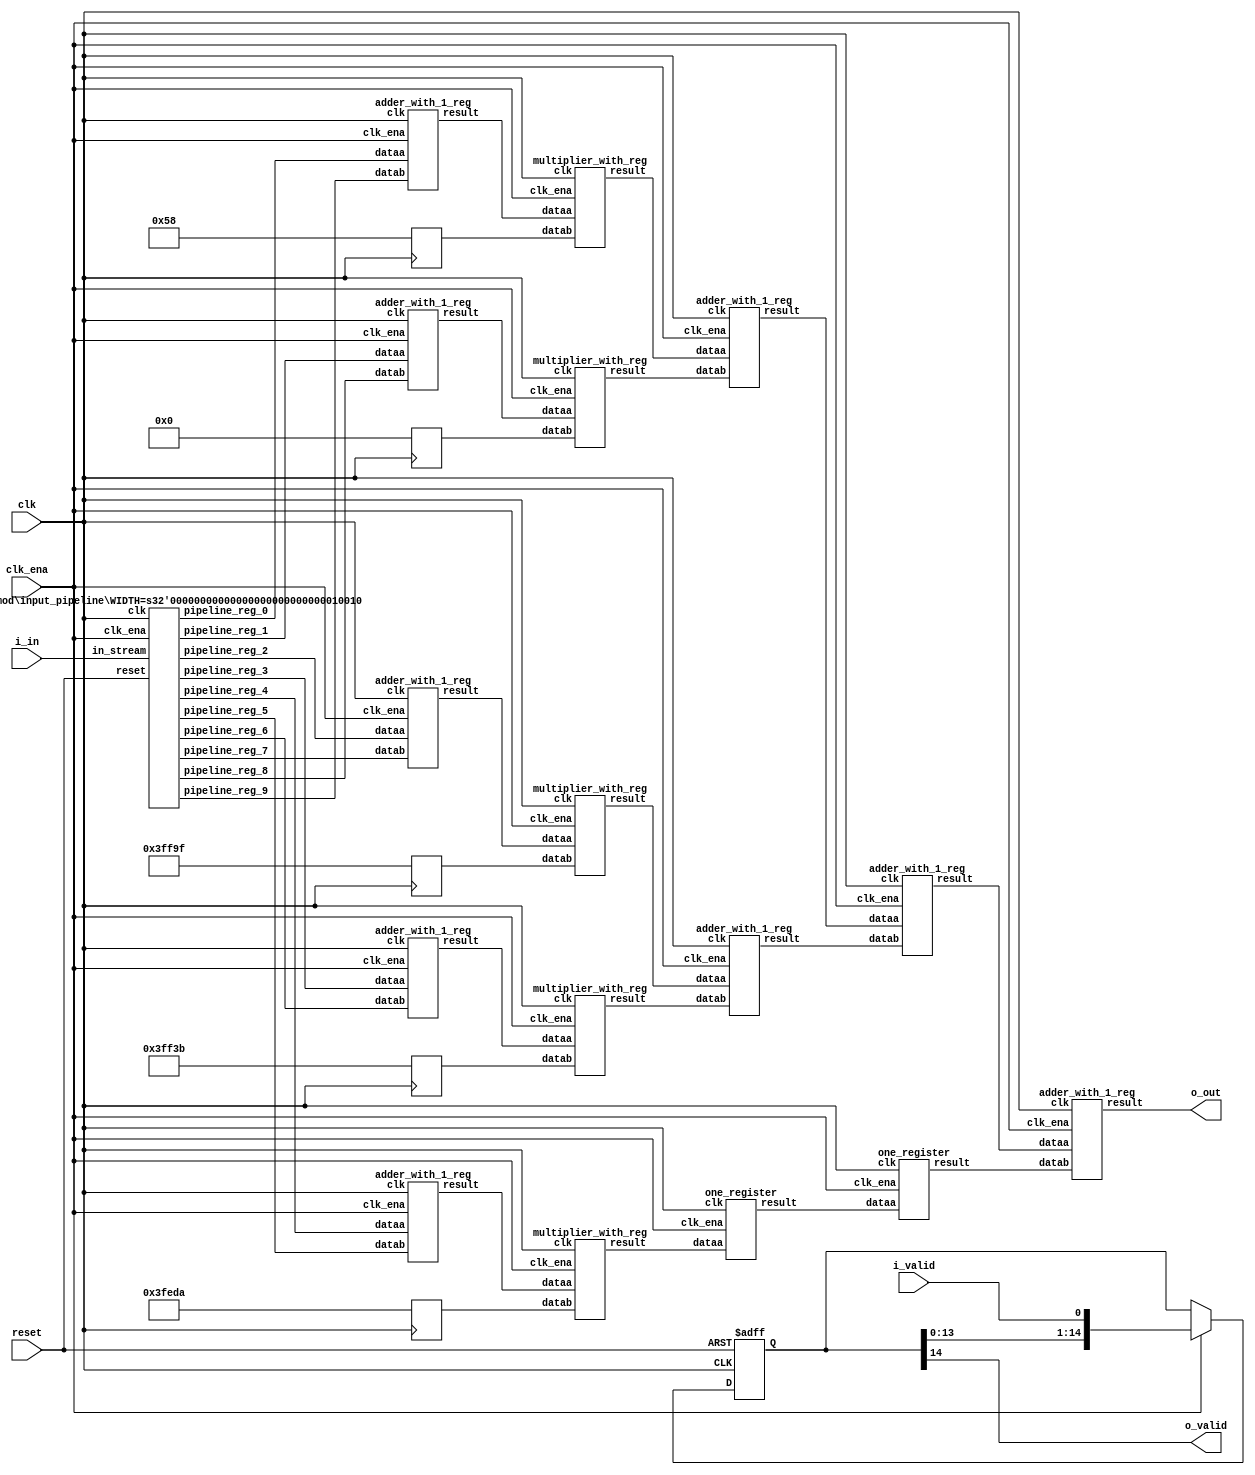
// CONFIG:
// NUM_COEFF = 10
// PIPLINED = 1

// WARNING: more than enough COEFFICIENTS in array (there are 26, and we only need 5)
module fir (
	clk,
	reset,
	clk_ena,
	i_valid,
	i_in,
	o_valid,
	o_out
);
	// Data Width
	parameter dw = 18; //Data input/output bits

	// Number of filter coefficients
	parameter N = 10;
	parameter N_UNIQ = 5; // ciel(N/2) assuming symmetric filter coefficients

	//Number of extra valid cycles needed to align output (i.e. computation pipeline depth + input/output registers
	localparam N_VALID_REGS = 15;

	input clk;
	input reset;
	input clk_ena;
	input i_valid;
	input [dw-1:0] i_in; // signed
	output o_valid;
	output [dw-1:0] o_out; // signed

	// Data Width dervied parameters
	localparam dw_add_int = 18; //Internal adder precision bits
	localparam dw_mult_int = 36; //Internal multiplier precision bits
	localparam scale_factor = 17; //Multiplier normalization shift amount

	// Number of extra registers in INPUT_PIPELINE_REG to prevent contention for CHAIN_END's chain adders
	localparam N_INPUT_REGS = 10;

	// Debug
	// initial begin
	// 	$display ("Data Width: %d", dw);
	// 	$display ("Data Width Add Internal: %d", dw_add_int);
	// 	$display ("Data Width Mult Internal: %d", dw_mult_int);
	// 	$display ("Scale Factor: %d", scale_factor);
	// end

	reg [dw-1:0] COEFFICIENT_0;
	reg [dw-1:0] COEFFICIENT_1;
	reg [dw-1:0] COEFFICIENT_2;
	reg [dw-1:0] COEFFICIENT_3;
	reg [dw-1:0] COEFFICIENT_4;

	always@(posedge clk) begin
		COEFFICIENT_0 <= 18'd88;
		COEFFICIENT_1 <= 18'd0;
		COEFFICIENT_2 <= -18'd97;
		COEFFICIENT_3 <= -18'd197;
		COEFFICIENT_4 <= -18'd294;
	end

	////******************************************************
	// *
	// * Valid Delay Pipeline
	// *
	// *****************************************************
	//Input valid signal is pipelined to become output valid signal

	//Valid registers
	reg [N_VALID_REGS-1:0] VALID_PIPELINE_REGS;

	always@(posedge clk or posedge reset) begin
		if(reset) begin
			VALID_PIPELINE_REGS <= 0;
		end else begin
			if(clk_ena) begin
				VALID_PIPELINE_REGS <= {VALID_PIPELINE_REGS[N_VALID_REGS-2:0], i_valid};
			end else begin
				VALID_PIPELINE_REGS <= VALID_PIPELINE_REGS;
			end
		end
	end

	////******************************************************
	// *
	// * Input Register Pipeline
	// *
	// *****************************************************
	//Pipelined input values

	//Input value registers

	wire [dw-1:0] INPUT_PIPELINE_REG_0;
	wire [dw-1:0] INPUT_PIPELINE_REG_1;
	wire [dw-1:0] INPUT_PIPELINE_REG_2;
	wire [dw-1:0] INPUT_PIPELINE_REG_3;
	wire [dw-1:0] INPUT_PIPELINE_REG_4;
	wire [dw-1:0] INPUT_PIPELINE_REG_5;
	wire [dw-1:0] INPUT_PIPELINE_REG_6;
	wire [dw-1:0] INPUT_PIPELINE_REG_7;
	wire [dw-1:0] INPUT_PIPELINE_REG_8;
	wire [dw-1:0] INPUT_PIPELINE_REG_9;

	input_pipeline in_pipe(
		.clk(clk), .clk_ena(clk_ena),
		.in_stream(i_in),
		.pipeline_reg_0(INPUT_PIPELINE_REG_0),
		.pipeline_reg_1(INPUT_PIPELINE_REG_1),
		.pipeline_reg_2(INPUT_PIPELINE_REG_2),
		.pipeline_reg_3(INPUT_PIPELINE_REG_3),
		.pipeline_reg_4(INPUT_PIPELINE_REG_4),
		.pipeline_reg_5(INPUT_PIPELINE_REG_5),
		.pipeline_reg_6(INPUT_PIPELINE_REG_6),
		.pipeline_reg_7(INPUT_PIPELINE_REG_7),
		.pipeline_reg_8(INPUT_PIPELINE_REG_8),
		.pipeline_reg_9(INPUT_PIPELINE_REG_9),
		.reset(reset)	);
	defparam in_pipe.WIDTH = 18; // = dw
	////******************************************************
	// *
	// * Computation Pipeline
	// *
	// *****************************************************

	// ************************* LEVEL 0 *************************   
	wire [dw-1:0] L0_output_wires_0;
	wire [dw-1:0] L0_output_wires_1;
	wire [dw-1:0] L0_output_wires_2;
	wire [dw-1:0] L0_output_wires_3;
	wire [dw-1:0] L0_output_wires_4;

	adder_with_1_reg L0_adder_0and9(
		.clk(clk), .clk_ena(clk_ena),
		.dataa (INPUT_PIPELINE_REG_0),
		.datab (INPUT_PIPELINE_REG_9),
		.result(L0_output_wires_0)
	);

	adder_with_1_reg L0_adder_1and8(
		.clk(clk), .clk_ena(clk_ena),
		.dataa (INPUT_PIPELINE_REG_1),
		.datab (INPUT_PIPELINE_REG_8),
		.result(L0_output_wires_1)
	);

	adder_with_1_reg L0_adder_2and7(
		.clk(clk), .clk_ena(clk_ena),
		.dataa (INPUT_PIPELINE_REG_2),
		.datab (INPUT_PIPELINE_REG_7),
		.result(L0_output_wires_2)
	);

	adder_with_1_reg L0_adder_3and6(
		.clk(clk), .clk_ena(clk_ena),
		.dataa (INPUT_PIPELINE_REG_3),
		.datab (INPUT_PIPELINE_REG_6),
		.result(L0_output_wires_3)
	);

	adder_with_1_reg L0_adder_4and5(
		.clk(clk), .clk_ena(clk_ena),
		.dataa (INPUT_PIPELINE_REG_4),
		.datab (INPUT_PIPELINE_REG_5),
		.result(L0_output_wires_4)
	);

	// (5 main tree Adders)

	// ************************* LEVEL 1 *************************   
	// **************** Multipliers ****************   
	wire [dw-1:0] L1_mult_wires_0;
	wire [dw-1:0] L1_mult_wires_1;
	wire [dw-1:0] L1_mult_wires_2;
	wire [dw-1:0] L1_mult_wires_3;
	wire [dw-1:0] L1_mult_wires_4;

	multiplier_with_reg L1_mul_0(
		.clk(clk), .clk_ena(clk_ena),
		.dataa (L0_output_wires_0),
		.datab (COEFFICIENT_0),
		.result(L1_mult_wires_0)
	);

	multiplier_with_reg L1_mul_1(
		.clk(clk), .clk_ena(clk_ena),
		.dataa (L0_output_wires_1),
		.datab (COEFFICIENT_1),
		.result(L1_mult_wires_1)
	);

	multiplier_with_reg L1_mul_2(
		.clk(clk), .clk_ena(clk_ena),
		.dataa (L0_output_wires_2),
		.datab (COEFFICIENT_2),
		.result(L1_mult_wires_2)
	);

	multiplier_with_reg L1_mul_3(
		.clk(clk), .clk_ena(clk_ena),
		.dataa (L0_output_wires_3),
		.datab (COEFFICIENT_3),
		.result(L1_mult_wires_3)
	);

	multiplier_with_reg L1_mul_4(
		.clk(clk), .clk_ena(clk_ena),
		.dataa (L0_output_wires_4),
		.datab (COEFFICIENT_4),
		.result(L1_mult_wires_4)
	);

	// (5 Multipliers)

	// **************** Adders ****************   
	wire [dw-1:0] L1_output_wires_0;
	wire [dw-1:0] L1_output_wires_1;
	wire [dw-1:0] L1_output_wires_2;

	adder_with_1_reg L1_adder_0and1(
		.clk(clk), .clk_ena(clk_ena),
		.dataa (L1_mult_wires_0),
		.datab (L1_mult_wires_1),
		.result(L1_output_wires_0)
	);

	adder_with_1_reg L1_adder_2and3(
		.clk(clk), .clk_ena(clk_ena),
		.dataa (L1_mult_wires_2),
		.datab (L1_mult_wires_3),
		.result(L1_output_wires_1)
	);

	// (2 main tree Adders)

	// ********* Byes ********   
	one_register L1_byereg_for_4(
		.clk(clk), .clk_ena(clk_ena),
		.dataa (L1_mult_wires_4),
		.result(L1_output_wires_2)
	);

	// (1 byes)

	// ************************* LEVEL 2 *************************   
	wire [dw-1:0] L2_output_wires_0;
	wire [dw-1:0] L2_output_wires_1;

	adder_with_1_reg L2_adder_0and1(
		.clk(clk), .clk_ena(clk_ena),
		.dataa (L1_output_wires_0),
		.datab (L1_output_wires_1),
		.result(L2_output_wires_0)
	);

	// (1 main tree Adders)

	// ********* Byes ********   
	one_register L2_byereg_for_2(
		.clk(clk), .clk_ena(clk_ena),
		.dataa (L1_output_wires_2),
		.result(L2_output_wires_1)
	);

	// (1 byes)

	// ************************* LEVEL 3 *************************   
	wire [dw-1:0] L3_output_wires_0;

	adder_with_1_reg L3_adder_0and1(
		.clk(clk), .clk_ena(clk_ena),
		.dataa (L2_output_wires_0),
		.datab (L2_output_wires_1),
		.result(L3_output_wires_0)
	);

	// (1 main tree Adders)

	////******************************************************
	// *
	// * Output Logic
	// *
	// *****************************************************
	//Actual outputs
	assign o_out = L3_output_wires_0;

	assign o_valid = VALID_PIPELINE_REGS[N_VALID_REGS-1];

endmodule


module input_pipeline (
	clk,
	clk_ena,
	in_stream,
	pipeline_reg_0,
	pipeline_reg_1,
	pipeline_reg_2,
	pipeline_reg_3,
	pipeline_reg_4,
	pipeline_reg_5,
	pipeline_reg_6,
	pipeline_reg_7,
	pipeline_reg_8,
	pipeline_reg_9,
	reset);
	parameter WIDTH = 1;
	//Input value registers
	input clk;
	input clk_ena;
	input [WIDTH-1:0] in_stream;
	output [WIDTH-1:0] pipeline_reg_0;
	output [WIDTH-1:0] pipeline_reg_1;
	output [WIDTH-1:0] pipeline_reg_2;
	output [WIDTH-1:0] pipeline_reg_3;
	output [WIDTH-1:0] pipeline_reg_4;
	output [WIDTH-1:0] pipeline_reg_5;
	output [WIDTH-1:0] pipeline_reg_6;
	output [WIDTH-1:0] pipeline_reg_7;
	output [WIDTH-1:0] pipeline_reg_8;
	output [WIDTH-1:0] pipeline_reg_9;
	reg [WIDTH-1:0] pipeline_reg_0;
	reg [WIDTH-1:0] pipeline_reg_1;
	reg [WIDTH-1:0] pipeline_reg_2;
	reg [WIDTH-1:0] pipeline_reg_3;
	reg [WIDTH-1:0] pipeline_reg_4;
	reg [WIDTH-1:0] pipeline_reg_5;
	reg [WIDTH-1:0] pipeline_reg_6;
	reg [WIDTH-1:0] pipeline_reg_7;
	reg [WIDTH-1:0] pipeline_reg_8;
	reg [WIDTH-1:0] pipeline_reg_9;
	input reset;

	always@(posedge clk or posedge reset) begin
		if(reset) begin
			pipeline_reg_0 <= 0;
			pipeline_reg_1 <= 0;
			pipeline_reg_2 <= 0;
			pipeline_reg_3 <= 0;
			pipeline_reg_4 <= 0;
			pipeline_reg_5 <= 0;
			pipeline_reg_6 <= 0;
			pipeline_reg_7 <= 0;
			pipeline_reg_8 <= 0;
			pipeline_reg_9 <= 0;
		end else begin
			if(clk_ena) begin
				pipeline_reg_0 <= in_stream;
				pipeline_reg_1 <= pipeline_reg_0;
				pipeline_reg_2 <= pipeline_reg_1;
				pipeline_reg_3 <= pipeline_reg_2;
				pipeline_reg_4 <= pipeline_reg_3;
				pipeline_reg_5 <= pipeline_reg_4;
				pipeline_reg_6 <= pipeline_reg_5;
				pipeline_reg_7 <= pipeline_reg_6;
				pipeline_reg_8 <= pipeline_reg_7;
				pipeline_reg_9 <= pipeline_reg_8;
			end //else begin
				//pipeline_reg_0 <= pipeline_reg_0;
				//pipeline_reg_1 <= pipeline_reg_1;
				//pipeline_reg_2 <= pipeline_reg_2;
				//pipeline_reg_3 <= pipeline_reg_3;
				//pipeline_reg_4 <= pipeline_reg_4;
				//pipeline_reg_5 <= pipeline_reg_5;
				//pipeline_reg_6 <= pipeline_reg_6;
				//pipeline_reg_7 <= pipeline_reg_7;
				//pipeline_reg_8 <= pipeline_reg_8;
				//pipeline_reg_9 <= pipeline_reg_9;
			//end
		end
	end
endmodule


module adder_with_1_reg (
	clk,
	clk_ena,
	dataa,
	datab,
	result);

	input	  clk;
	input	  clk_ena;
	input	[17:0]  dataa;
	input	[17:0]  datab;
	output	[17:0]  result;

	reg     [17:0]  result;

	always @(posedge clk) begin
		if(clk_ena) begin
			result <= dataa + datab;
		end
	end

endmodule


module multiplier_with_reg (
	clk,
	clk_ena,
	dataa,
	datab,
	result);

	input	  clk;
	input	  clk_ena;
	input	[17:0]  dataa;
	input	[17:0]  datab;
	output	[17:0]  result;

	reg     [17:0]  result;

	always @(posedge clk) begin
		if(clk_ena) begin
			result <= dataa * datab;
		end
	end

endmodule


module one_register (
	clk,
	clk_ena,
	dataa,
	result);

	input	  clk;
	input	  clk_ena;
	input	[17:0]  dataa;
	output	[17:0]  result;

	reg     [17:0]  result;

	always @(posedge clk) begin
		if(clk_ena) begin
			result <= dataa;
		end
	end

endmodule